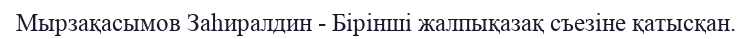
Мырзақасымов Заһиралдин - Бірінші жалпықазақ съезіне қатысқан.